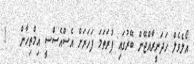
އޯލެވެލް ހަދަނީރާއްޖޭން ބޭރުގައި ފުރަތަމަ ފަހަރަށް އެސްއެސްސީ އިމްތިހާން   !